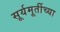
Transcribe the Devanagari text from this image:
सूर्यमूर्तीच्या